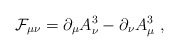
\begin{align*}{\cal F}_{\mu \nu} = \partial_{\mu} A_{\nu}^{3} -\partial_{\nu}A_{\mu}^{3} \ ,\end{align*}